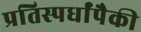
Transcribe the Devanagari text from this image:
प्रतिस्पर्धांपैकी